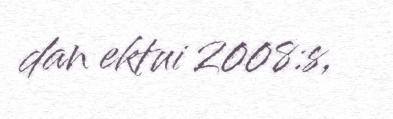
dan ektui 2008:s,